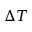
\Delta T